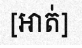
[អាត់]